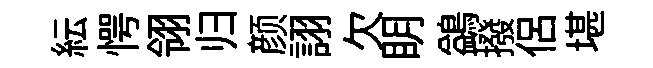
紜愕翎归颜詡欠眀鷁撥侶堪